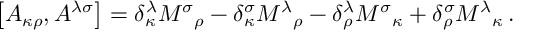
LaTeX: \left[ A _ { \kappa \rho } , A ^ { \lambda \sigma } \right] = \delta _ { \kappa } ^ { \lambda } { M ^ { \sigma } } _ { \rho } - \delta _ { \kappa } ^ { \sigma } { M ^ { \lambda } } _ { \rho } - \delta _ { \rho } ^ { \lambda } { M ^ { \sigma } } _ { \kappa } + \delta _ { \rho } ^ { \sigma } { M ^ { \lambda } } _ { \kappa } \, .